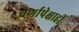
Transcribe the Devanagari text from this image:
वर्णापेक्षाही